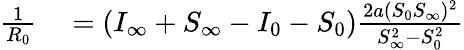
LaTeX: \begin{array}{rl}{\frac{1}{R_{0}}}&{{}=(I_{\infty}+S_{\infty}-I_{0}-S_{0})\frac{2a(S_{0}S_{\infty})^{2}}{S_{\infty}^{2}-S_{0}^{2}}}\end{array}